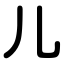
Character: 儿